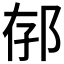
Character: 𨚲